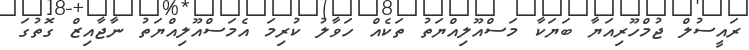
ރައީސުލް ޖުމްހޫރިއަޔާ ބަޔަކާ މަސްއޫލިއްޔަތު ތަކެއް ހަވާލު ކުރިމަ އެމަސްއޫލިއްޔަތު ނާޖާއިޒް ގޮތުގަ